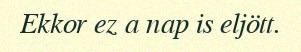
Ekkor ez a nap is eljött.